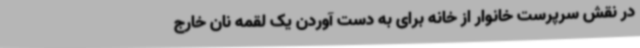
در نقش سرپرست خانوار از خانه برای به‌ دست آوردن یک لقمه نان خارج